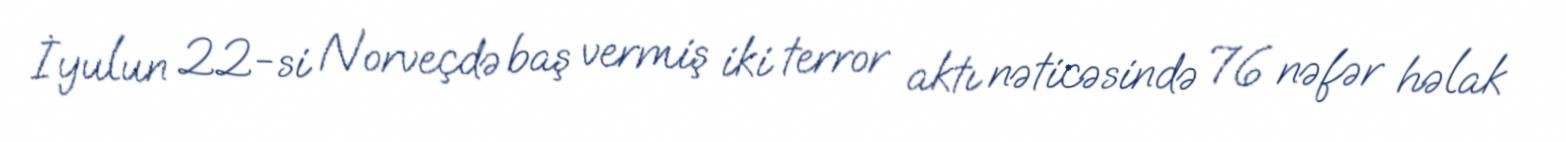
İyulun 22-si Norveçdə baş vermiş iki terror aktı nəticəsində 76 nəfər həlak